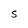
Character: S